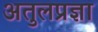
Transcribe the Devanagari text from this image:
अतुलप्रज्ञा